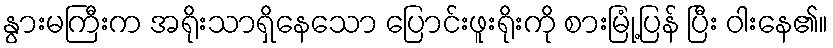
နွားမကြီးက အရိုးသာရှိနေသော ပြောင်းဖူးရိုးကို စားမြုံ့ပြန် ပြီး ဝါးနေ၏။